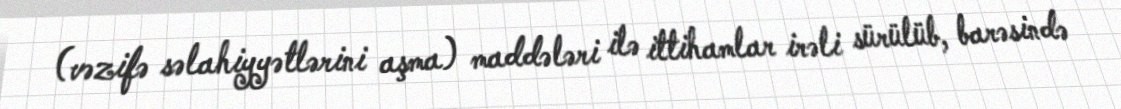
(vəzifə səlahiyyətlərini aşma) maddələri ilə ittihamlar irəli sürülüb, barəsində